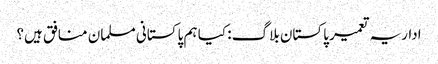
اداریہ تعمیر پاکستان بلاگ : کیا ہم پاکستانی مسلمان منافق ہیں؟